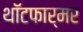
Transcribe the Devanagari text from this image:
थॉटफार्मर